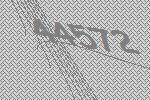
44572